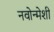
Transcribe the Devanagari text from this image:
नवोन्मेशी